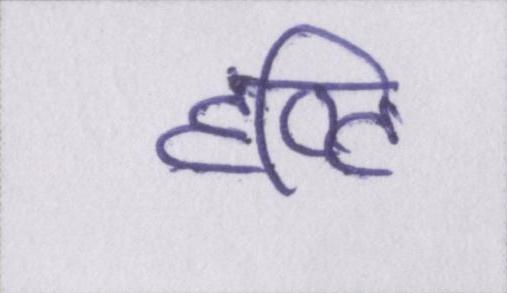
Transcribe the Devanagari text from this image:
दृष्टि